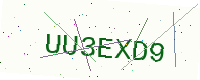
Text: UU3EXD9